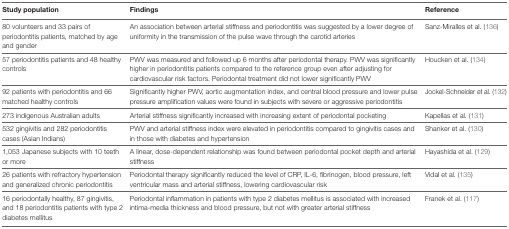
| Study population | Findings | Reference |
 | --- | --- | --- |
 | 80 volunteers and 33 pairs of periodontitis patients, matched by age and gender | An association between arterial stiffness and periodontitis was suggested by a lower degree of uniformity in the transmission of the pulse wave through the carotid arteries | Sanz-Miralles et al. (136) |
 | 57 periodontitis patients and 48 healthy controls | PWV was measured and followed up 6 months after periodontal therapy. PWV was significantly higher in periodontitis patients compared to the reference group even after adjusting for cardiovascular risk factors. Periodontal treatment did not lower significantly PWV | Houcken et al. (134) |
 | 92 patients with periodontitis and 66 matched healthy controls | Significantly higher PWV, aortic augmentation index, and central blood pressure and lower pulse pressure amplification values were found in subjects with severe or aggressive periodontitis | Jockel-Schneider et al. (132) |
 | 273 indigenous Australian adults | Arterial stiffness significantly increased with increasing extent of periodontal pocketing | Kapellas et al. (131) |
 | 532 gingivitis and 282 periodontitis cases (Asian Indians) | PWV and arterial stiffness index were elevated in periodontitis compared to gingivitis cases and in those with diabetes and hypertension | Shanker et al. (130) |
 | 1,053 Japanese subjects with 10 teeth or more | A linear, dose-dependent relationship was found between periodontal pocket depth and arterial stiffness | Hayashida et al. (129) |
 | 26 patients with refractory hypertension and generalized chronic periodontitis | Periodontal therapy significantly reduced the level of CRP, IL-6, fibrinogen, blood pressure, left ventricular mass and arterial stiffness, lowering cardiovascular risk | Vidal et al. (135) |
 | 16 periodontally healthy, 87 gingivitis, and 18 periodontitis patients with type 2 diabetes mellitus | Periodontal inflammation in patients with type 2 diabetes mellitus is associated with increased intima-media thickness and blood pressure, but not with greater arterial stiffness | Franek et al. (117) |